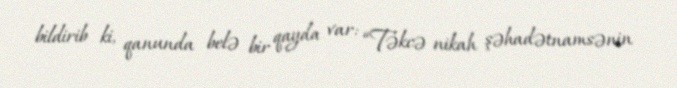
bildirib ki, qanunda belə bir qayda var: “Təkcə nikah şəhadətnamsənin